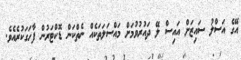
އޭގެ އަސްލު ސައިޒަށް އައިސް ލޭ ދައުރުވުމަށް މައްސަލަތަކެއް ނެތްކަން ޑޮކްޓަރުން ފާހަގަކުރެއެވެ.